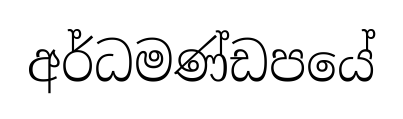
අර්ධමණ්ඩපයේ